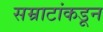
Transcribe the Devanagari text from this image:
सम्राटांकडून